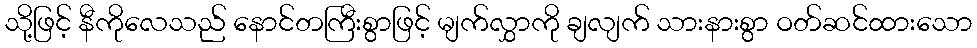
သို့ဖြင့် နီကိုလေသည် နောင်တကြီးစွာဖြင့် မျက်လွှာကို ချလျက် သားနားစွာ ဝတ်ဆင်ထားသော